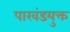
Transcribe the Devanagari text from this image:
पाखंडयुक्त